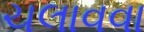
ચલાવવા